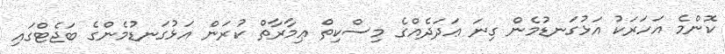
ކޮންމެ އަހަރަކު އަޅުގަނޑުމެން ގިނަ ޢަދަދެއްގެ މިސްކިތް ޢިމާރާތް ކުރަން އަޅުގަނޑުމެންގެ ބަޖެޓްގައި